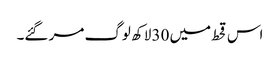
اس قحط میں 30 لاکھ لوگ مر گئے۔